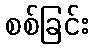
စစ်ခြင်း